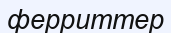
ферриттер